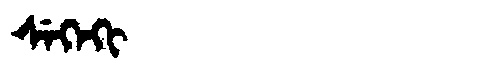
Manchu: ᠰᡝᡴᡝᡴᡳ
Romanization: SEKEKI